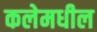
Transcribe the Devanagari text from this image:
कलेमधील